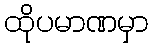
ထိုပမာဏမှာ